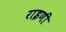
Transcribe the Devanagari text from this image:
राइणी